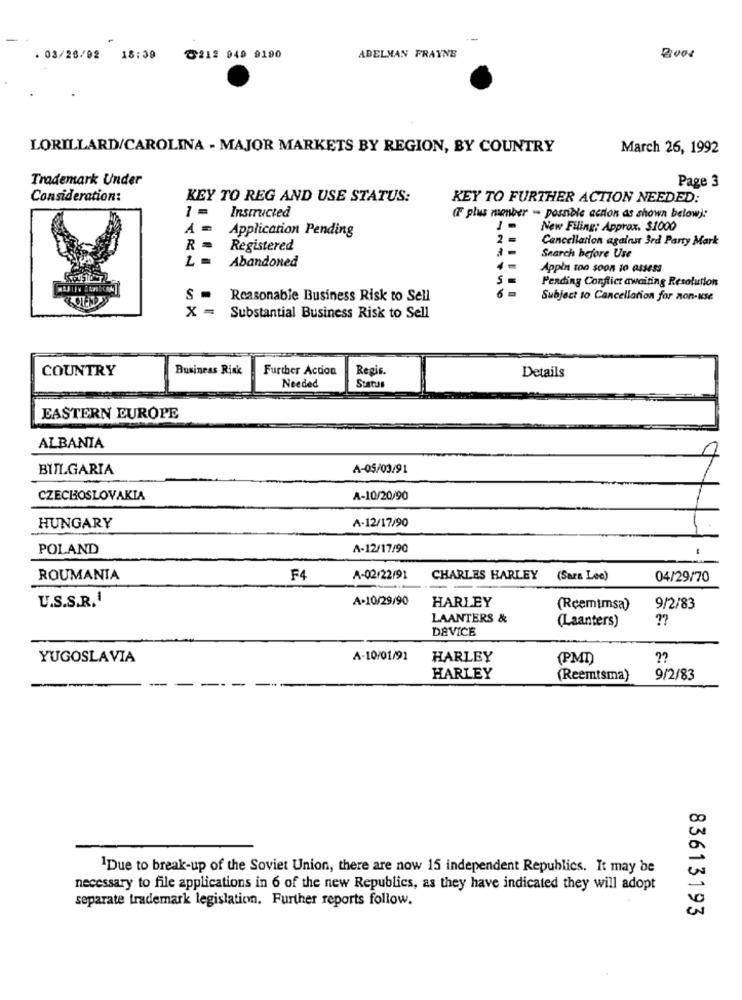
ADELMAN FRAYNE
03/28/02
18:39
8212 949 9190
2:004
LORILLARD/CAROLINA - MAJOR MARKETS BY REGION, BY COUNTRY
March 26, 1992
Trademark Under
Page 3
Consideration:
KEY TO REG AND USE STATUS:
KEY TO FURTHER ACTION NEEDED:
1 =
Instructed
(F plus menber - possible action as shown below):
A =
Application Pending
New Filing: Approx. $1000
2 =
Cancellation against 3rd Party Mark
R=
Registered
Abandoned
Search before Use
Appin too soon 10 043433
Pending Conflict awaiting Resolution
S -
Reasonable Business Risk to Sell
Subject to Cancellation for non-use
X =
Substantial Business Risk to Sell
COUNTRY
Business Rink
Further Action
Regis.
Needed
Statur
Details
EASTERN EUROPE
ALBANIA
BULGARIA
A-05/03/91
CZECHOSLOVAKIA
A-10/20/90
HUNGARY
A-12/17/90
POLAND
A-12/17/90
ROUMANIA
F4
A-02/22/91
CHARLES HARLEY
(Sara Lee)
04/29/70
U.S.S.R.1
A-10/29/90
HARLEY
(Reemtmsa)
9/2/83
LAANTERS &
(Laanters)
??
DEVICE
YUGOSLAVIA
A-10/01/91
HARLEY
(PMI)
HARLEY
(Reemtsma)
9/2/83
1Due to break-up of the Soviet Union, there are now 15 independent Republics. It may be
necessary to file applications in 6 of the new Republics, as they have indicated they will adopt
separate trademark legislation. Further reports follow.
83613193